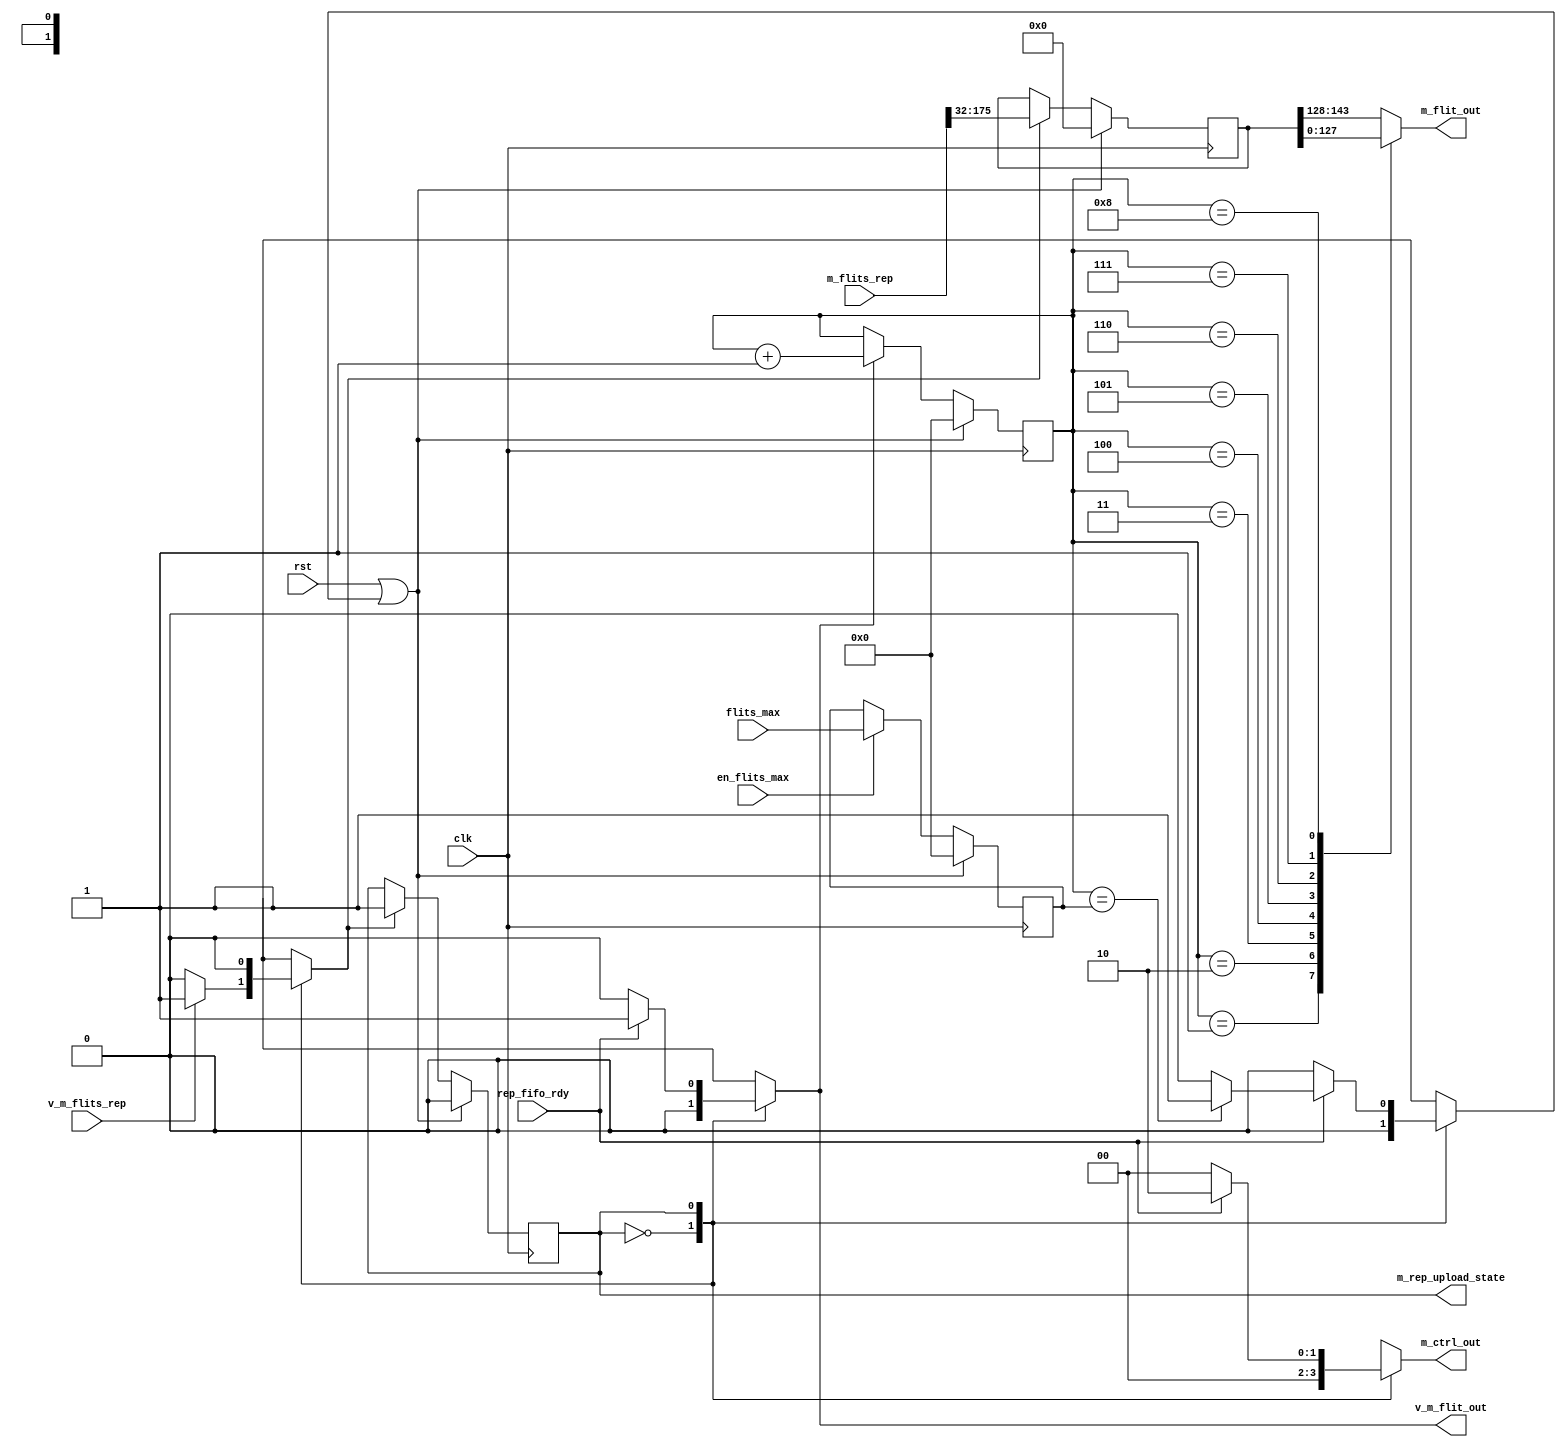
module    m_rep_upload(//input
                        clk,
                        rst,
                        m_flits_rep,
                        v_m_flits_rep,
                        flits_max,
                        en_flits_max,
                        rep_fifo_rdy,
                        //output
                        m_flit_out,
                        v_m_flit_out,
								m_ctrl_out,
                        m_rep_upload_state
                        );
//input
input                          clk;
input                          rst;
input         [175:0]          m_flits_rep;
input                          v_m_flits_rep;
input         [3:0]            flits_max;
input                          en_flits_max;
input                          rep_fifo_rdy;
                          //output
output        [15:0]            m_flit_out;
output                          v_m_flit_out;
output        [1:0]             m_ctrl_out;
output                          m_rep_upload_state;

//parameter 
parameter    m_rep_upload_idle=1'b0;
parameter    m_rep_upload_busy=1'b1;

//reg          m_req_nstate; 
reg           m_rep_state;
reg  [143:0]  m_rep_flits;
reg  [3:0]   sel_cnt;
reg          v_m_flit_out;
reg          fsm_rst;
reg          next;
reg          en_flits_in;
reg          inc_cnt;
reg  [3:0]   flits_max_reg;
reg  [1:0]   m_ctrl_out;
assign m_rep_upload_state=m_rep_state;
always@(*)
begin
  //default value
 // dc_req_nstate=dc_req_state;
  v_m_flit_out=1'b0;
  inc_cnt=1'b0;
  fsm_rst=1'b0;
  en_flits_in=1'b0;
  next=1'b0;
  m_ctrl_out=2'b00;
  case(m_rep_state)
    m_rep_upload_idle:
       begin
         if(v_m_flits_rep)
           begin
             en_flits_in=1'b1;
             next=1'b1;
           end
       end
    m_rep_upload_busy:
       begin
         if(rep_fifo_rdy)
           begin
             if(sel_cnt==flits_max_reg)
				 begin
               fsm_rst=1'b1;
					m_ctrl_out=2'b11;
					end
				 else if(sel_cnt==3'b000)
				    m_ctrl_out=2'b01;
				 m_ctrl_out=2'b10;
             inc_cnt=1'b1;
             v_m_flit_out=1'b1;
           end
       end
    endcase
end

// fsm state
always@(posedge clk)
begin
  if(rst||fsm_rst)
    m_rep_state<=1'b0;
else if(next)
    m_rep_state<=1'b1;
end
// flits regs
always@(posedge clk)
begin
  if(rst||fsm_rst)
    m_rep_flits<=143'h0000;
  else if(en_flits_in)
    m_rep_flits<=m_flits_rep[175:32];
end
reg  [15:0]  m_flit_out;
always@(*)
begin
  case(sel_cnt)
    4'b0000:m_flit_out=m_rep_flits[143:128];
    4'b0001:m_flit_out=m_rep_flits[127:112];
    4'b0010:m_flit_out=m_rep_flits[111:96];
    4'b0011:m_flit_out=m_rep_flits[95:80];
    4'b0100:m_flit_out=m_rep_flits[79:64];
    4'b0101:m_flit_out=m_rep_flits[63:48];
    4'b0110:m_flit_out=m_rep_flits[47:32];
    4'b0111:m_flit_out=m_rep_flits[31:16];
    4'b1000:m_flit_out=m_rep_flits[15:0];
    default:m_flit_out=m_rep_flits[143:128];
  endcase
end

// flits_max
always@(posedge  clk)
begin
  if(rst||fsm_rst)
    flits_max_reg<=4'b0000;
  else if(en_flits_max)
    flits_max_reg<=flits_max;
end
    
///sel_counter
always@(posedge clk)
begin
  if(rst||fsm_rst)
    sel_cnt<=4'b0000;
  else if(inc_cnt)
    sel_cnt<=sel_cnt+4'b0001;
end

endmodule